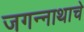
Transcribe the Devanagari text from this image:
जगन्‍नाथाचे